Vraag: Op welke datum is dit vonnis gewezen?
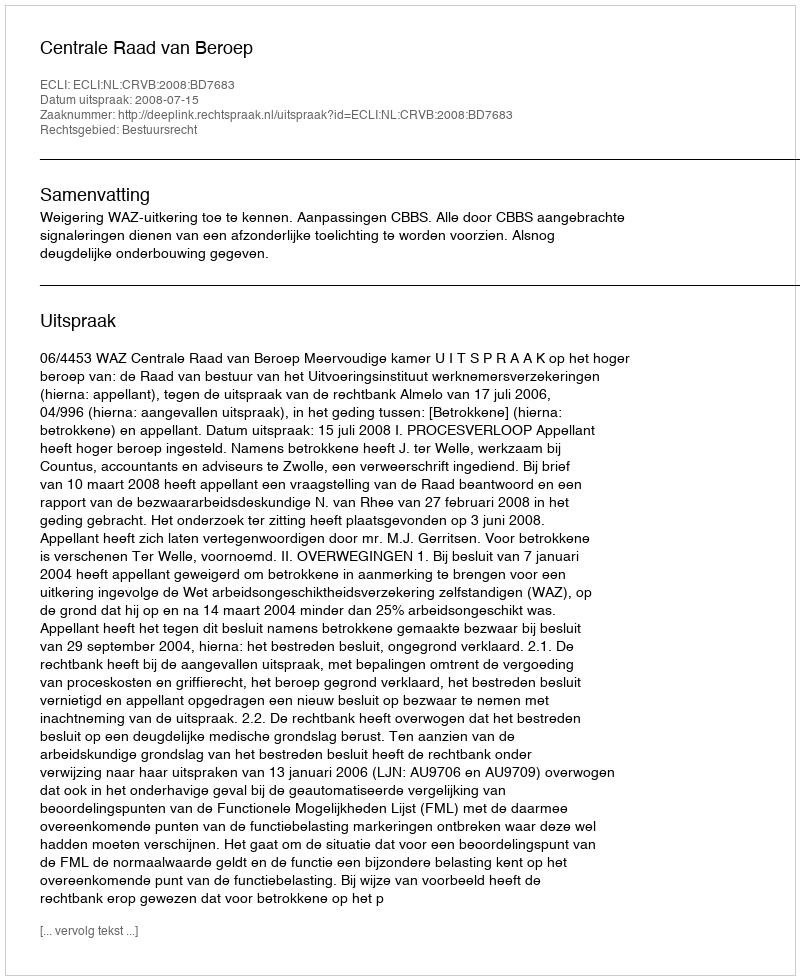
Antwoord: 2008-07-15